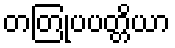
တတြုပပတ္တိယာ